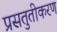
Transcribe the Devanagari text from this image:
प्रसतुतीकरण